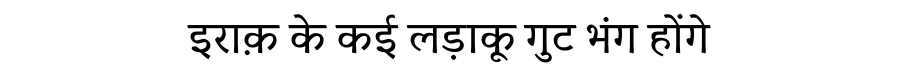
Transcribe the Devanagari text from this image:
इराक़ के कई लड़ाकू गुट भंग होंगे